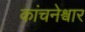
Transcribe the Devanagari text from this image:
कांचनेश्वार